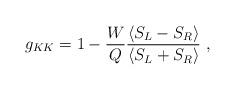
LaTeX: \begin{align*}g_{KK}=1-{W\over Q}{\langle S_L-S_R\rangle\over\langle S_L+S_R\rangle}\ ,\end{align*}